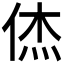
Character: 𮯼